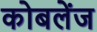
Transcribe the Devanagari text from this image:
कोबलेंज